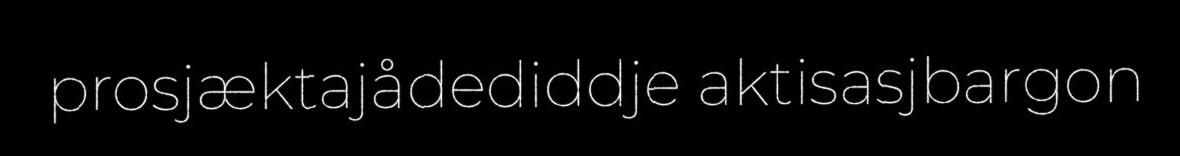
prosjæktajådediddje aktisasjbargon